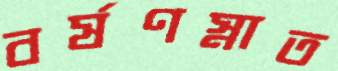
বর্ষণস্নাত